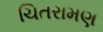
ચિતરામણ